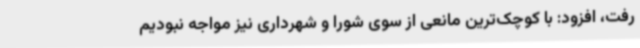
رفت، افزود: با کوچک‌ترین مانعی از سوی شورا و شهرداری نیز مواجه نبودیم